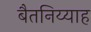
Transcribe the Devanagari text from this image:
बैतनिय्याह